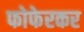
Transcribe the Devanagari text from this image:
फोफेरकर